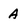
Character: A